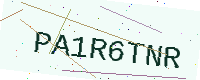
Text: PA1R6TNR